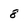
Character: 8